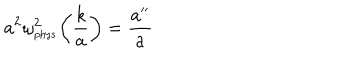
LaTeX: a ^ { 2 } \omega _ { _ \mathrm { p h y s } } ^ { 2 } \biggl ( \frac { k } { a } \biggr ) = \frac { a ^ { \prime \prime } } { a }